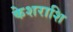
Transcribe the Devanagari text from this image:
केशराशि